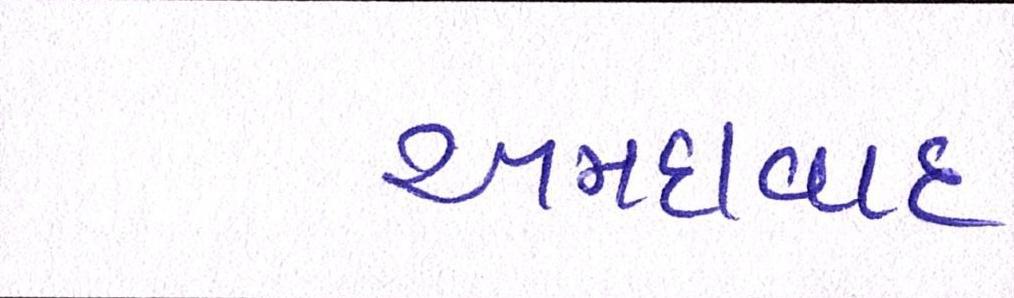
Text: અમદાવાદઃ